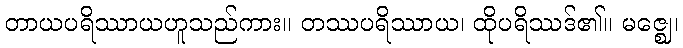
တာယပရိဿာယဟူသည်ကား။ တဿပရိဿာယ၊ ထိုပရိဿဒ်၏။ မဇ္ဈေ၊